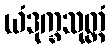
ယံဒုက္ခသုတ္တံ